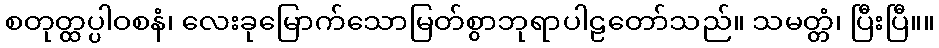
စတုတ္ထပ္ပါဝစနံ၊ လေးခုမြောက်သောမြတ်စွာဘုရာပါဠတော်သည်။ သမတ္တံ၊ ပြီးပြီ။။